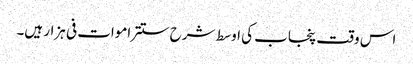
اس وقت پنجاب کی اوسط شرح ستتر اموات فی ہزار ہیں۔